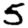
Digit: 5